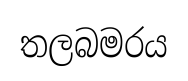
තලබමරය